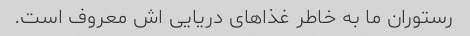
رستوران ما به خاطر غذاهای دریایی اش معروف است.